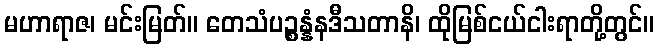
မဟာရာဇ၊ မင်းမြတ်။ တေသံပဉ္စန္နံနဒီသတာနိ၊ ထိုမြစ်ငယ်ငါးရာတို့တွင်။